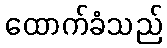
ထောက်ခံသည်